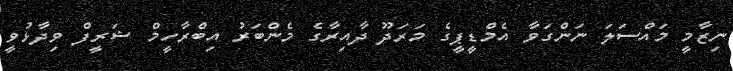
ނިޒާމީ މައްސަލަ ނަންގަވާ އެމްޑީޕީގެ މަރަދޫ ދާއިރާގެ މެންބަރު އިބްރާހީމް ޝަރީފް ވިދާޅުވީ